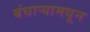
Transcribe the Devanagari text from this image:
बंधार्‍यामधून